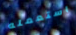
استعمله